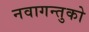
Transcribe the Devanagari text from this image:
नवागन्तुको